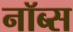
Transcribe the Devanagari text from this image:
नॉब्स